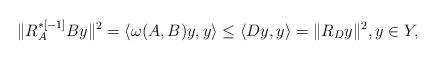
LaTeX: \begin{align*}\|R^{\ast[-1]}_{A}By\|^{2} =\langle\omega(A,B)y,y\rangle \leq\langle Dy,y\rangle =\|R_{D}y\|^{2},y\in Y,\end{align*}